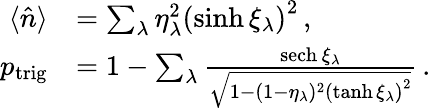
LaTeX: \begin{array}{rl}{\langle\hat{n}\rangle}&{=\sum_{\lambda}\eta_{\lambda}^{2}\left(\sinh\xi_{\lambda}\right)^{2}\, ,}\\ {p_{\mathrm{trig}}}&{=1-\sum_{\lambda}\frac{\mathrm{sech}\, \xi_{\lambda}}{\sqrt{1-(1-\eta_{\lambda})^{2}\left(\operatorname{tanh}\xi_{\lambda}\right)^{2}}}\, .}\end{array}